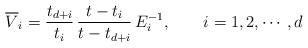
LaTeX: \begin{align*}\overline{V}_{i}={\frac{t_{d+i}}{t_{i}}}\,{\frac{t-t_{i}}{t-t_{d+i}}}\,E_{i}^{-1},\qquad i=1,2,\cdots ,d \end{align*}